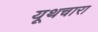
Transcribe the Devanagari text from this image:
यूथचारा